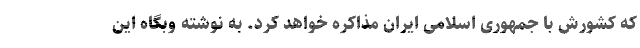
که کشورش با جمهوری اسلامی ایران مذاکره خواهد کرد. به نوشته وبگاه این